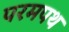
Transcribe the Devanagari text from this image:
परमपथ